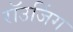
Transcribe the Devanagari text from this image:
रॉउजिंग